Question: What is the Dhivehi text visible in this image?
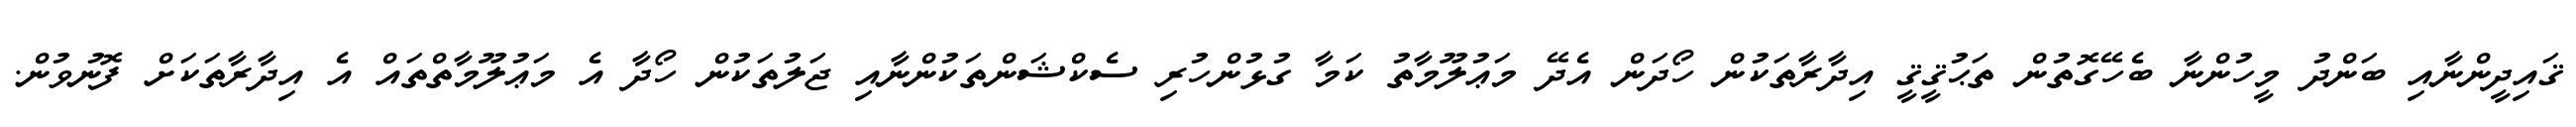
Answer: ޤައިދީންނާއި ބަންދު މީހުންނާ ބެހޭގޮތުން ތަޙުޤީޤީ އިދާރާތަކުން ހޯދަން އެދޭ މަޢުލޫމާތު ކަމާ ގުޅުންހުރި ސެކްޝަންތަކުންނާއި ޖަލުތަކުން ހޯދާ އެ މަޢުލޫމާތްތައް އެ އިދާރާތަކަށް ފޮނުވުން.